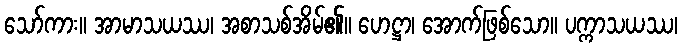
သော်ကား။ အာမာသယဿ၊ အစာသစ်အိမ်၏။ ဟေဋ္ဌာ၊ အောက်ဖြစ်သော။ ပက္ကာသယဿ၊